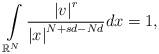
LaTeX: \begin{align*}\int\limits_{\mathbb{R}^{N}}\frac{\left\vert v\right\vert ^{r}}{\left\vert x\right\vert ^{N+sd-Nd}}dx=1,\end{align*}